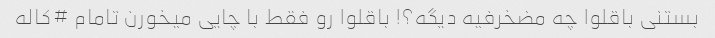
بستنی باقلوا چه مضخرفیه دیگه؟! باقلوا رو فقط با چایی میخورن تامام #کاله